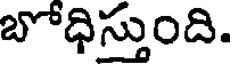
బోధిస్తుంది.